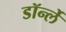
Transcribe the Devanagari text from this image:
डॉर्न्ले